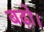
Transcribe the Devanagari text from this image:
बढ़ो।